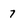
Character: 7